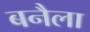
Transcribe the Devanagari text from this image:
बनैला